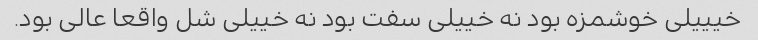
خیییلی خوشمزه بود نه خییلی سفت بود نه خییلی شل واقعا عالی بود.